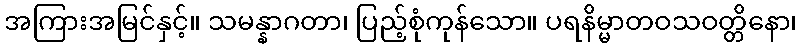
အကြားအမြင်နှင့်။ သမန္နာဂတာ၊ ပြည့်စုံကုန်သော။ ပရနိမ္မာတဝသဝတ္တိနော၊